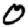
Digit: 0